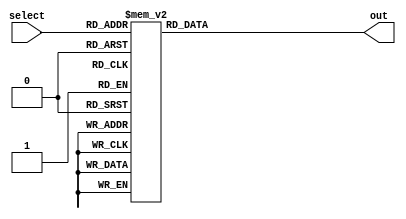
`timescale 1ns / 1ps

module DataSelector(select,out);
    input [2:0]select;
    output reg [31:0]out;

    always @(*) begin
        case (select)
            0: out = 32'h7fffffff;
            1: out = 32'hffffffff;
            2: out = 32'h7;
            3: out = 32'b1;
            4: out = 32'b0;
            5: out = 32'h0aaaaaaa;
            6: out = 32'h5;
            7: out = 32'h11223344;
        endcase
    end

endmodule